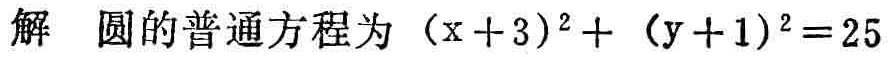
解 圆的普通方程为 \((x + 3)^2 + (y + 1)^2 = 25\)